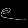
Digit: ၉